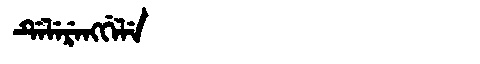
Manchu: ᡩᡝᠯᡝᡵᡝᠩᡤᡝᠯᡝ
Romanization: DELERENGGELE